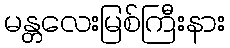
မန္တလေးမြစ်ကြီးနား